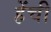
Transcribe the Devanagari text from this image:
हेंची